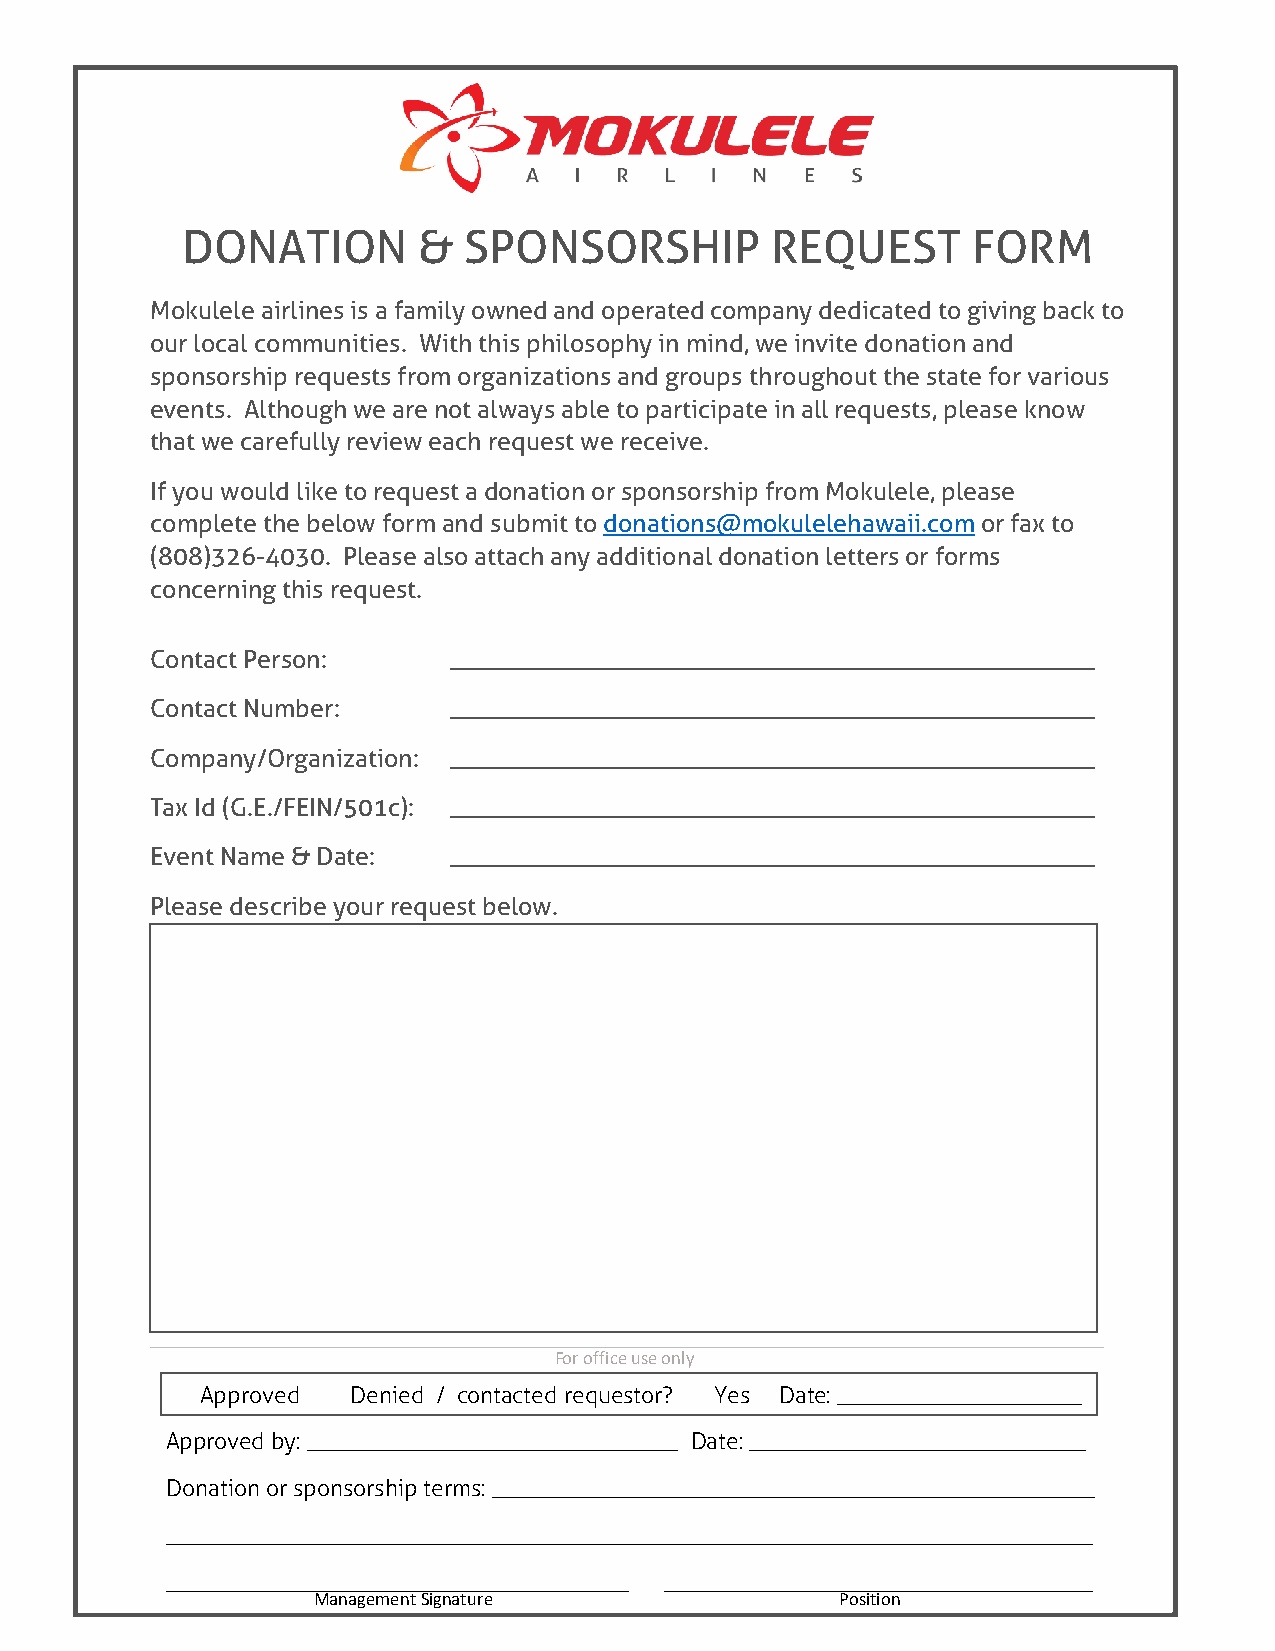
DONATION        &  SPONSORSHIP         REQUEST      FORM
 Mokulele airlines is a family owned and operated company dedicated to giving back to
 our local communities. With this philosophy in mind, we invite donation and
 sponsorship requests from organizations and groups throughout the state for various
 events. Although we are not always able to participate in all requests, please know
 that we carefully review each request we receive.
 If you would like to request a donation or sponsorship from Mokulele, please
 complete the below form and submit to donations@mokulelehawaii.com or fax to
 (808)326-4030. Please also attach any additional donation letters or forms
 concerning this request.
 Contact Person:     ___________________________________________________
 Contact Number:     ___________________________________________________
 Company/Organization: ___________________________________________________
 Tax Id (G.E./FEIN/501c): ___________________________________________________
 Event Name & Date:  ___________________________________________________
 Please describe your request below.
 For off ice use only
 Approved  Denied / contacted requ estor? Yes Date: _____________________
 Approved by: ________________________________ Date: _____________________________
 Donation or sponsorship terms: ____________________________________________________
 ________________________________________________________________________________
 ________________________________________ _____________________________________
 Management Signature               Position